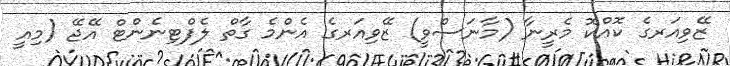
ޒޭވިއަރގެ ކޮއްކޮ މެރީނާ (މާނަސްވީ) ޒޭވިއަރގެ އެންމެ ގާތް ލެފްޓިނެންޓް އޭޖޭ (މިއީ